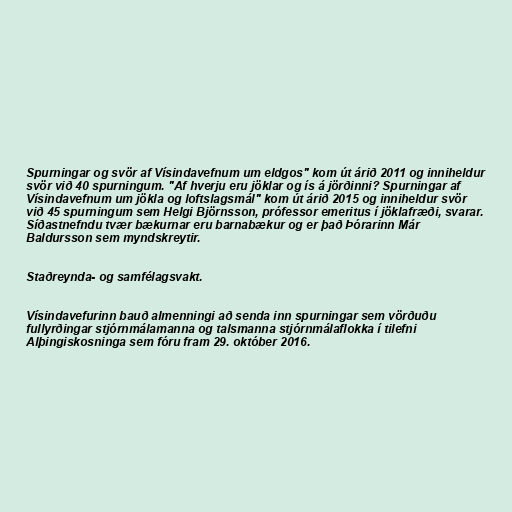
Spurningar og svör af Vísindavefnum um eldgos" kom út árið 2011 og inniheldur
svör við 40 spurningum. "Af hverju eru jöklar og ís á jörðinni? Spurningar af
Vísindavefnum um jökla og loftslagsmál" kom út árið 2015 og inniheldur svör
við 45 spurningum sem Helgi Björnsson, prófessor emeritus í jöklafræði, svarar.
Síðastnefndu tvær bækurnar eru barnabækur og er það Þórarinn Már
Baldursson sem myndskreytir.

Staðreynda- og samfélagsvakt.

Vísindavefurinn bauð almenningi að senda inn spurningar sem vörðuðu
fullyrðingar stjórnmálamanna og talsmanna stjórnmálaflokka í tilefni
Alþingiskosninga sem fóru fram 29. október 2016.